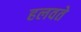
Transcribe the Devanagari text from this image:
हलवते